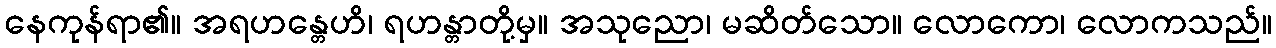
နေကုန်ရာ၏။ အရဟန္တေဟိ၊ ရဟန္တာတို့မှ။ အသုညော၊ မဆိတ်သော။ လောကော၊ လောကသည်။